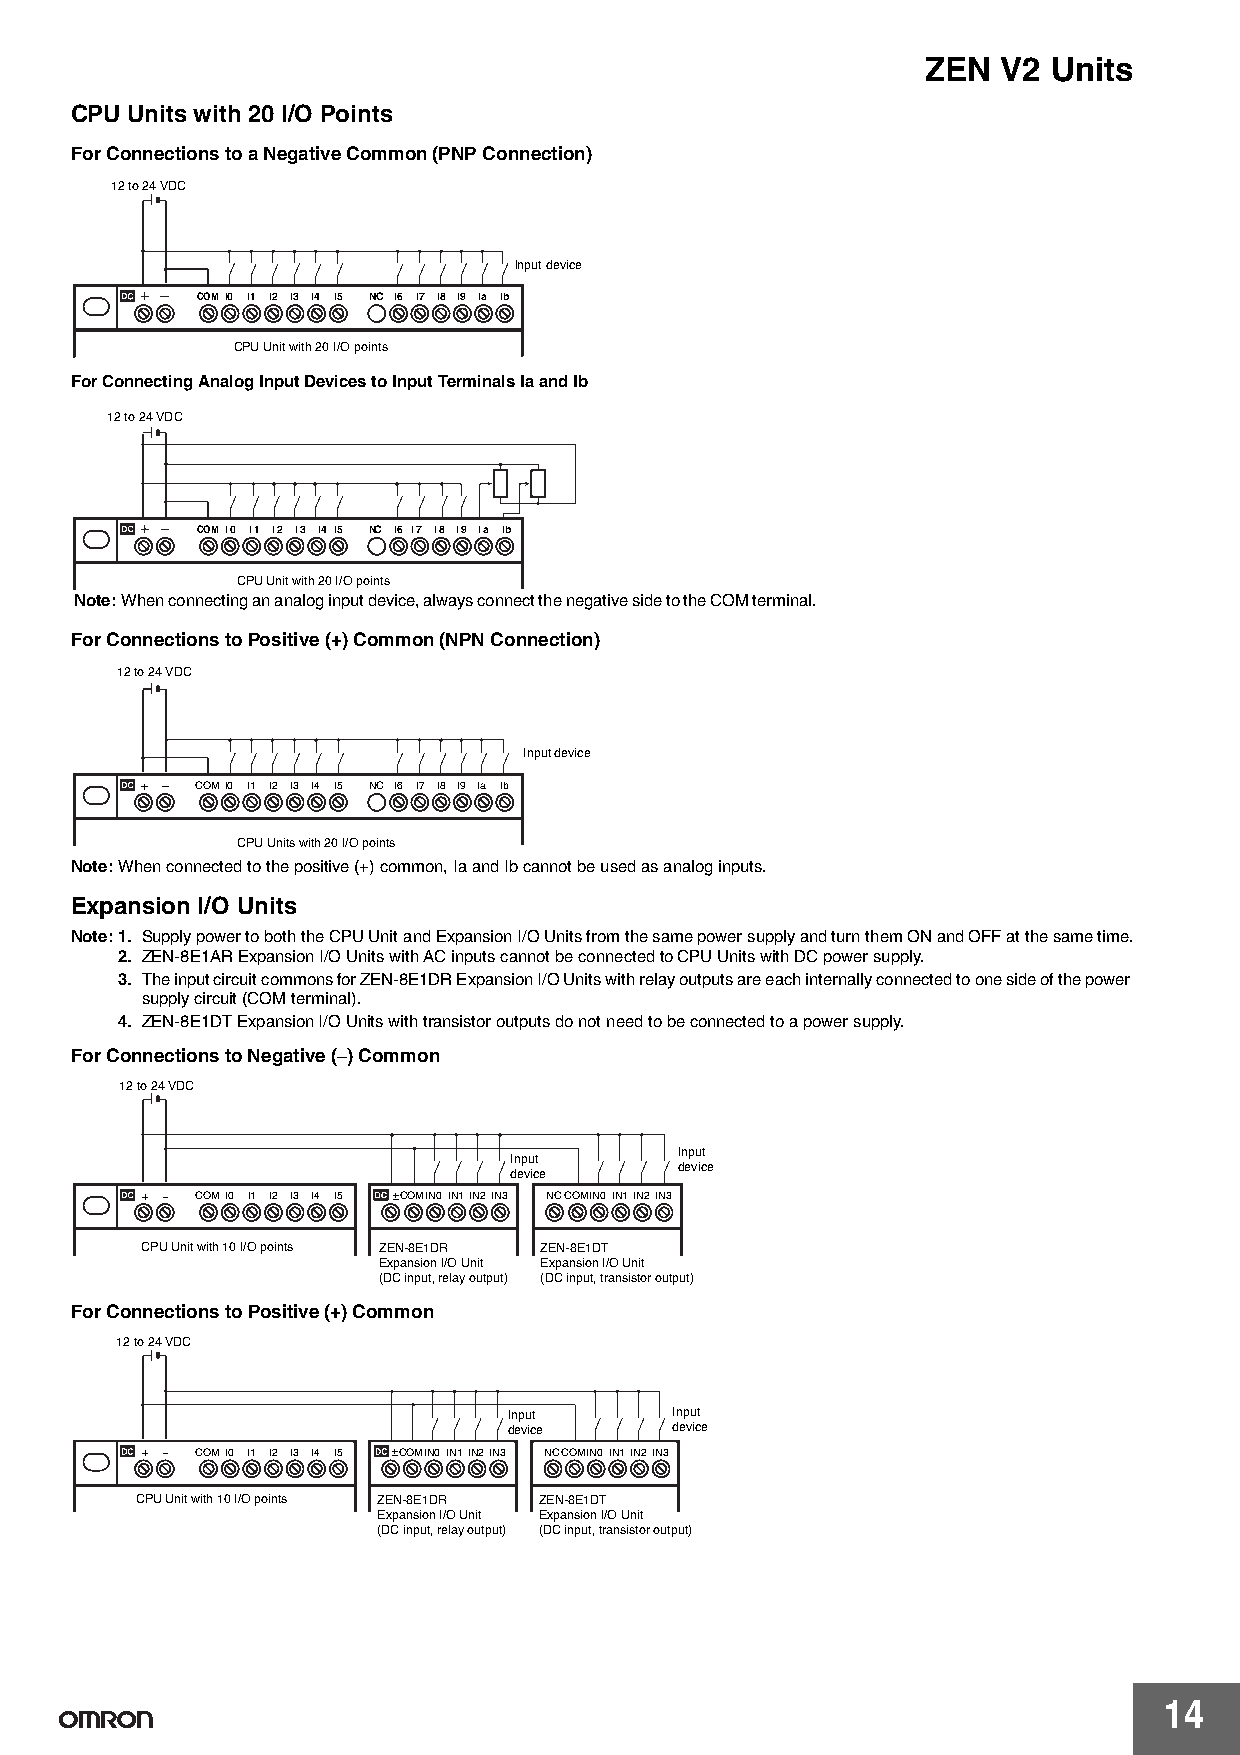
ZEN  V2  Units
 CPU Units with 20 I/O Points
 For Connections to a Negative Common (PNP Connection)
 12 to 24 VDC
 Input device
 COM I0 I1 I2 I3 I4 I5 NC I6 I7 I8 I9 Ia Ib
 CPU Unit with 20 I/O points
 For Connecting Analog Input Devices to Input Terminals Ia and Ib
 12 to 24 VDC
 COM I0 I1 I2 I3 I4 I5 NC I6 I7 I8 I9 Ia Ib
 CPU Unit with 20 I/O points
 Note:When connecting an analog input device, always connect the negative side to the COM terminal.
 For Connections to Positive (+) Common (NPN Connection)
 12 to 24 VDC
 Input device
 + − COMI0 I1 I2 I3 I4 I5 NC I6 I7 I8 I9 Ia Ib
 CPU Units with 20 I/O points
 Note:When connected to the positive (+) common, Ia and Ib cannot be used as analog inputs.
 Expansion I/O Units
 Note:1. Supply power to both the CPU Unit and Expansion I/O Units from the same power supply and turn them ON and OFF at the same time.
 2. ZEN-8E1AR Expansion I/O Units with AC inputs cannot be connected to CPU Units with DC power supply.
 3. The input circuit commons for ZEN-8E1DR Expansion I/O Units with relay outputs are each internally connected to one side of the power
 supply circuit (COM terminal).
 4. ZEN-8E1DT Expansion I/O Units with transistor outputs do not need to be connected to a power supply.
 For Connections to Negative (−) Common
 12 to 24 VDC
 Input
 Input
 device
 device
 + − COMI0 I1 I2 I3 I4 I5 ±COMIN0IN1IN2IN3 NCCOMIN0IN1IN2IN3
 CPU Unit with 10 I/O points ZEN-8E1DR ZEN-8E1DT
 Expansion I/O Unit Expansion I/O Unit
 (DC input, relay output) (DC input, transistor output)
 For Connections to Positive (+) Common
 12 to 24 VDC
 Input     Input
 device    device
 + − COMI0 I1 I2 I3 I4 I5 ±COMIN0IN1IN2IN3 NCCOMIN0IN1IN2IN3
 CPU Unit with 10 I/O points ZEN-8E1DR ZEN-8E1DT
 Expansion I/O Unit Expansion I/O Unit
 (DC input, relay output) (DC input, transistor output)
 14